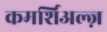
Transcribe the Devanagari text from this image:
कमर्शिअल्ज़